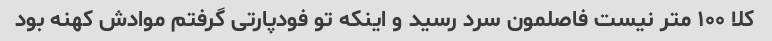
کلا ۱۰۰ متر نیست فاصلمون سرد رسید و اینکه تو فودپارتی گرفتم موادش کهنه بود